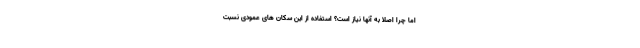
اما چرا اصلا به آنها نیاز است؟ استفاده از این سکان های عمودی نسبت